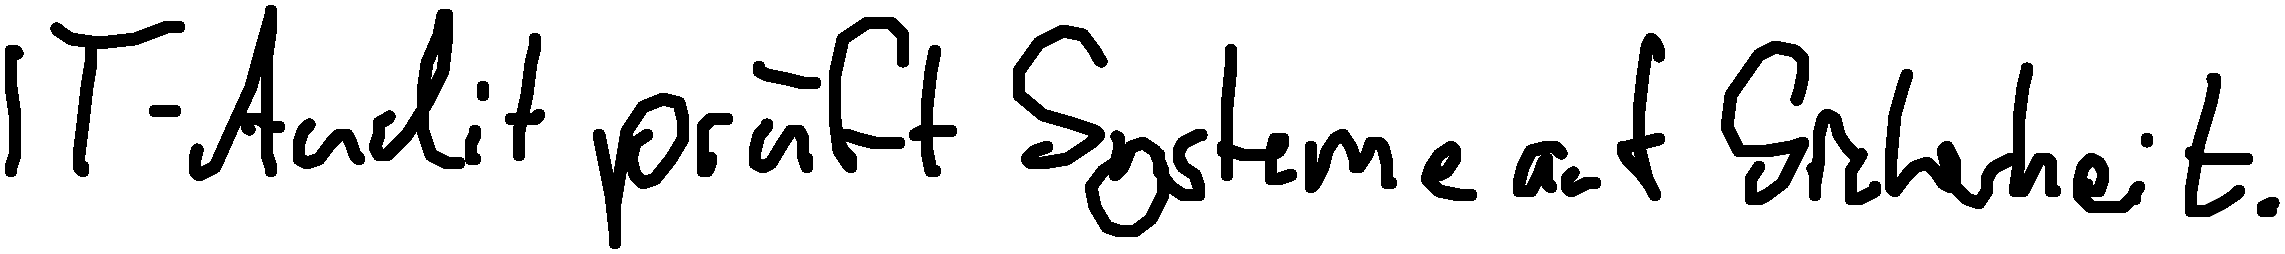
IT-Audit prüft Systeme auf Sicherheit.